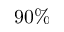
9 0 \%